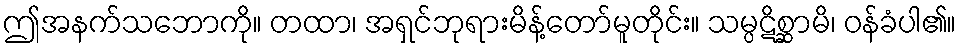
ဤအနက်သဘောကို။ တထာ၊ အရှင်ဘုရားမိန့်တော်မူတိုင်း။ သမ္ပဋိစ္ဆာမိ၊ ဝန်ခံပါ၏။